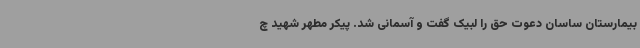
بیمارستان ساسان دعوت حق را لبیک گفت و آسمانی شد. پیکر مطهر شهید چ